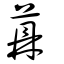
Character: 薡